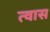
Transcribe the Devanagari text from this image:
त्वास